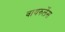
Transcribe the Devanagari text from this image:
वायरुलेंस